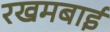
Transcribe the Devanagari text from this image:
रखमबाई